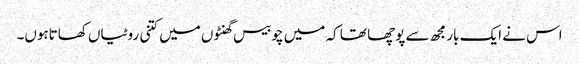
اس نے ایک بار مجھ سے پوچھا تھا کہ میں چوبیس گھنٹوں میں کتنی روٹیاں کھاتاہوں۔